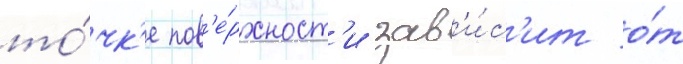
то́чк'е пов'е́рхност'и зав'и́с'ит о́т